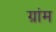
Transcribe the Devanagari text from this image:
ग्रांम